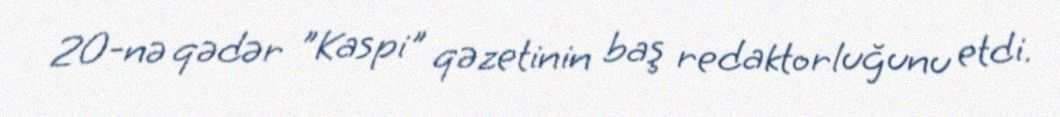
20-nə qədər "Kaspi" qəzetinin baş redaktorluğunu etdi.